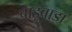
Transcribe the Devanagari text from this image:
बाड़बाड़ा